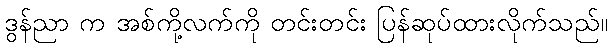
ဒွန်ညာ က အစ်ကို့လက်ကို တင်းတင်း ပြန်ဆုပ်ထားလိုက်သည်။